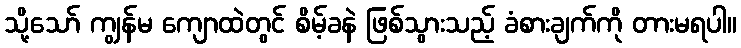
သို့သော် ကျွန်မ ကျောထဲတွင် စိမ့်ခနဲ ဖြစ်သွားသည့် ခံစားချက်ကို တားမရပါ။